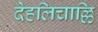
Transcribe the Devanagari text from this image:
देहलिचाल्लि